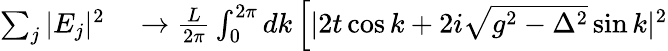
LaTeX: \begin{array}{rl}{\sum_{j}|E_{j}|^{2}}&{{}\to\frac{L}{2\pi}\int_{0}^{2\pi}dk\left[|2t\cos k+2i\sqrt{g^{2}-\Delta^{2}}\sin k|^{2}\right.}\end{array}